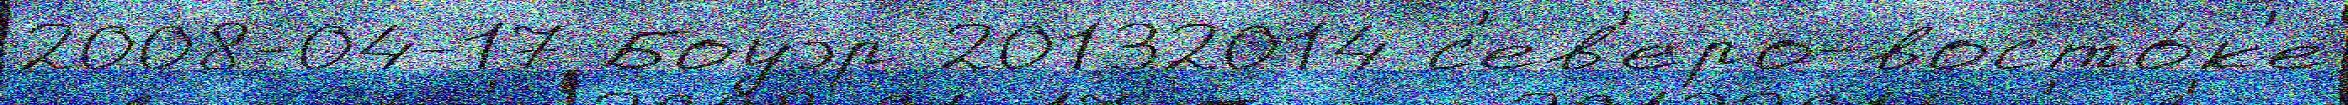
2008-04-17 Боуэр 20132014 с'ев'еро-восто́к'е